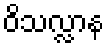
ဝိသလ္လာန